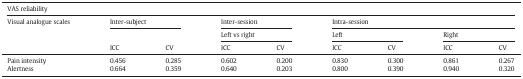
| <COLSPAN=9> VAS reliability |
 | Visual analogue scales | <COLSPAN=2> Inter-subject | <COLSPAN=2> Inter-session | <COLSPAN=4> Intra-session |
 | <COLSPAN=3>  | <COLSPAN=2> Left vs right | <COLSPAN=2> Left | <COLSPAN=2> Right |
 |  | ICC | CV | ICC | CV | ICC | CV | ICC | CV |
 | --- | --- | --- | --- | --- | --- | --- | --- | --- |
 | Pain intensity | 0.456 | 0.285 | 0.602 | 0.200 | 0.830 | 0.300 | 0.861 | 0.267 |
 | Alertness | 0.664 | 0.359 | 0.640 | 0.203 | 0.800 | 0.390 | 0.940 | 0.320 |